Report on horse surra - Volume I
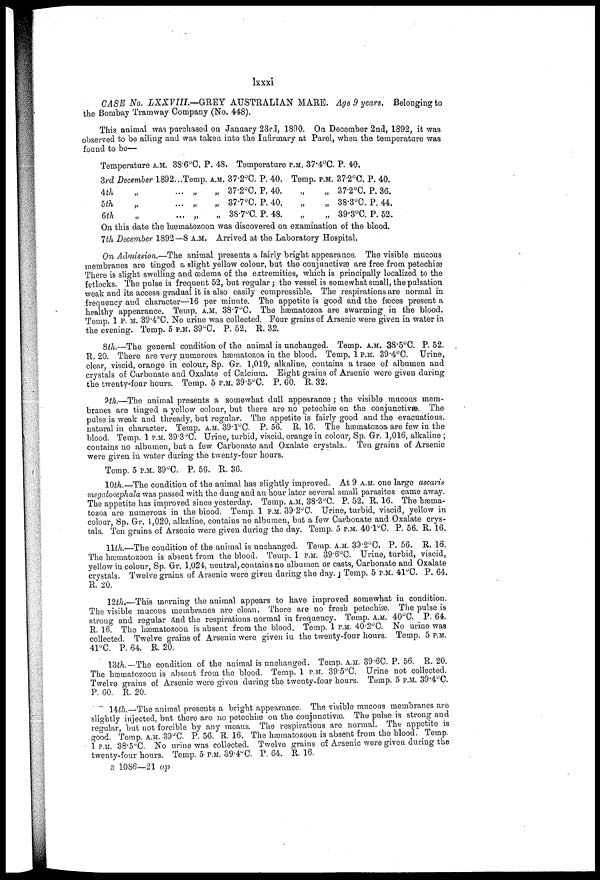
Ixxxi
CASE No. LXKVIIL—GREY
AUSTRALIAN MARE. Age 9 years. Belonging to
the Bombay Tramway Company (No. 44-8).
This animal was purchased on January 23rd, 1890. On December 2nd, 1892, it was
observed to be ailing and was taken into the Infirmary at Parel, when the temperature was
found to be—
Temperature A.M. 38.6°C. P. 48. Temperature P.M. 37.4°C.P. 40.
3rd December 1892...
4th
„
...
5th
„
...
6th
„
...
Temp.
„
„
„
A.M.
„
„
„
37.2°C. P. 40.
37.2°C. P. 40..
37.7°C. P. 40.
38.7°C. P. 48.
Temp.
.,
„
P.M. 37.2°C. P. 40.
37.2°C. P. 36.
38.3°C. P. 44.
39.3°C. P. 52.
On this date the hæuiatozoon was discovered on examination of the blood.
7th December 1892—8 A.M. Arrived at the Laboratory Hospital.
On Admission.—The animal presents a fairly bright appearance. The visible mucous
membranes are tinged a slight yellow colour, but the conjunctivas are free from petechias
There is slight swelling and oedema of the extremities, which is principally localized to the
fetlocks. The pulse is frequent 52, but regular; the vessel is somewhat small, the pulsation
weak and its access gradual it is also easily compressible. The respirations are normal in
frequency and character—16 per minute. The appetite is good and the fasces present a
healthy appearance. Temp. A.M. 38.7°C. The hæmatozoa are swarming in the blood.
Temp. 1 P. M. 39.4°C. No urine was collected. Four grains of Arsenic were given in water in
the evening. Temp. 5 P.M. 39°C. P. 52. R. 32.
8th.—The general condition of the animal is unchanged. Temp. A.M. 38.5°C. P. 52.
R. 20. There are very numerous hæmatozoa in the blood. Temp. 1 P.M. 39.4°C. Urine,
clear, viscid, orange in colour, Sp. Gr. 1,019, alkaline, contains a trace of albumen and
crystals of Carbonate and Oxalate of Calcium. Bight grains of Arsenic were given during
the twenty-four hours. Temp. 5 P.M. 39.5°C. P. 60. R. 32.
9th.—The animal presents a somewhat dull appearance ; the visible mucous mem-
branes are tinged a yellow colour, but there are no petechias on the conjunctivae. The
pulse is weak and thready, but regular. The appetite is fairly good and the evacuations,
natural in character. Temp. A.M. 39.1°C. P. 56. R. 16. The hæmatozoa are few in the
blood. Temp. 1 P.M. 39.3°C. Urine, turbid, viscid, orange in colour, Sp. Gr. 1,016, alkaline ;
contains no albumen, but a few Carbonate and Oxalate crystals.. Ten grains of Arsenic
were given in water during the twenty-four hours.
Temp. 5 P.M. 39°C. P 56. R. 36.
10th.—The condition of the animal has slightly improved. At 9 A.M. one large ascaris
megalooephala was passed with the dung and an hour later several small parasites came away.
The appetite has improved since yesterday. Temp. A.M. 38.3°C. P. 52. R. 16. The hæma-
tozoa are numerous in the blood. Temp. 1 P.M. 39.2°C. Urine, turbid, viscid, yellow in
colour, Sp. Gr, 1,020, alkaline, contains no albumen, but a few Carbonate and Oxalate crys-
tals. Ten grains of Arsenic were given during the day. Temp. 5 P.M. 40.1°C. P. 56. R. 16.
11th.—The condition of the animal is unchanged. Temp. A.M. 39.2°C. P. 56. R. 16.
The hæmatozoon is absent from the blood. Temp. 1 P.M. 39.6°C. Urine, turbid, viscid,
yellow in colour, Sp. Gr. 1,024, neutral, contains no albumen or casts, Carbonate and Oxalate
crystals. Twelve grains of Arsenic were given during the day. Temp. 5 P.M. 41°C. P. 64.
R, 20.
12th.—This morning the animal appears to have improved somewhat in condition.
The visible mucous membranes are clean. There are no fresh petechias. The pulse is
strong and regular and the respirations normal in frequency. Temp. A.M. 40°C. P. 64.
R, 16. The hæmatozoon is absent from the blood. Temp. 1 P.M. 40.2°C. NO urine was
collected. Twelve grains of Arsenic were given in the twenty-four hours. Temp. 5 P.M.
41°C. P. 64, R. 20.
13th.— The condition of the animal is unchanged. Temp. A.M. 39.6C. P. 56. R. 20.
The hæmatozoon is absent from the blood. Temp. 1 P.M. 39.5°C. Urine not collected.
Twelve grains of Arsenic were given during the twenty-four hours. Temp. 5 P.M. 39.4°C.
P. 60. R. 20.
14th.— The animal presents a bright appearance. The visible mucous membranes are
slightly injected, but there are no petechias on the conjunctivas. The pulse is strong and
regular, but not forcible by any means. The respirations are normal. The appetite is
good. Temp. A.M. 39°C. P. 56. R. 16. The hæmatozoon is absent from the blood. Temp.
1 P.M. 38.5°C. No urine was collected. Twelve grains of Arsenic were given during the
twenty-four hours. Temp. 5 P.M. 39.4°C. P. 64. R. 16.
B 1086—21 ap